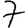
Digit: 7